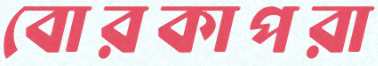
বোরকাপরা